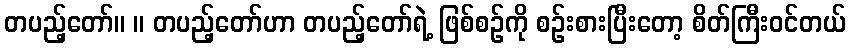
တပည့်တော်။ ။ တပည့်တော်ဟာ တပည့်တော်ရဲ့ ဖြစ်စဉ်ကို စဉ်းစားပြီးတော့ စိတ်ကြီးဝင်တယ်